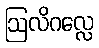
ဩလိဂလ္လေ